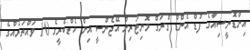
އިންޑޮނީޝިއާގެ ފުޑް އެންޑް ޑްރަގް މޮނިޓަރިން އޭޖެންސީ އިން ކެޑްބެރީގެ 10 ވައްތަރެއްގެ